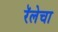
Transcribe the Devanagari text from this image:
रॅलेचा